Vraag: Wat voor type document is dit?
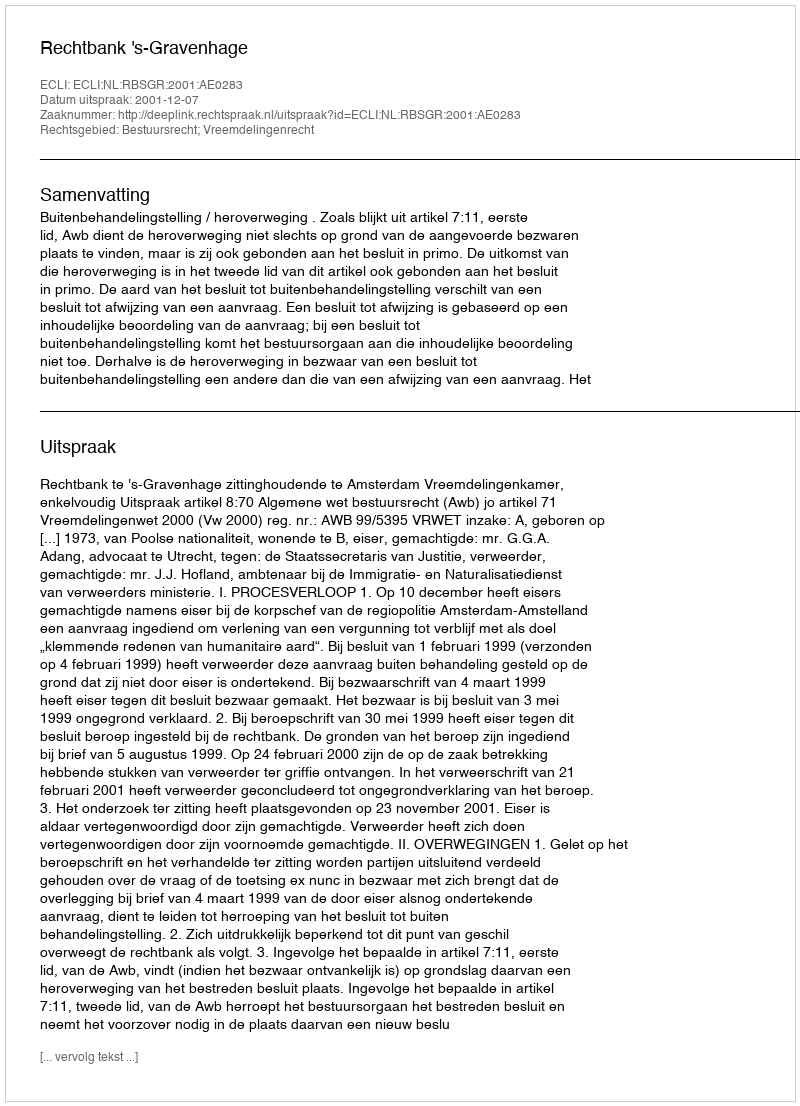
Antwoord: Uitspraak